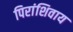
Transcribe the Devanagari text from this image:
पिरांशिवाय